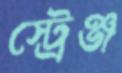
স্ট্রেঞ্জ